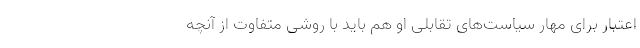
اعتبار برای مهار سیاست‌های تقابلی او هم باید با روشی متفاوت از آنچه